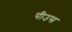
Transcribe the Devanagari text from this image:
पीउस